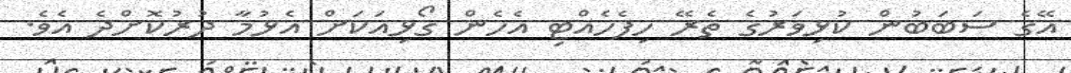
އޭގެ ސަބަބުން ކުޅިވަރުގެ ތެރޭ ހިފެހެއްޓި އެހެން ގޯޅިއަކަށް އެޅުމާ ދުރުކޮށްދެ އެވެ.